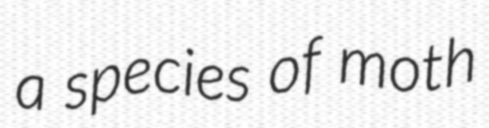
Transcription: a species of moth